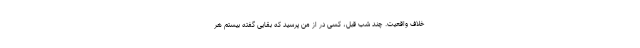
خلاف واقعیت. چند شب قبل، کسی در از من پرسید که بقایی گفته بیستم هر